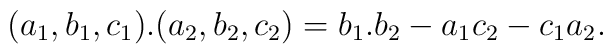
(a_1,b_1,c_1).(a_2,b_2,c_2) = b_1.b_2 - a_1c_2 - c_1a_2.